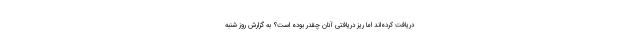
دریافت کرده‌اند اما ریز دریافتی آنان چقدر بوده است؟ به گزارش روز شنبه